Investigations on Bengal jail dietaries - Number 37
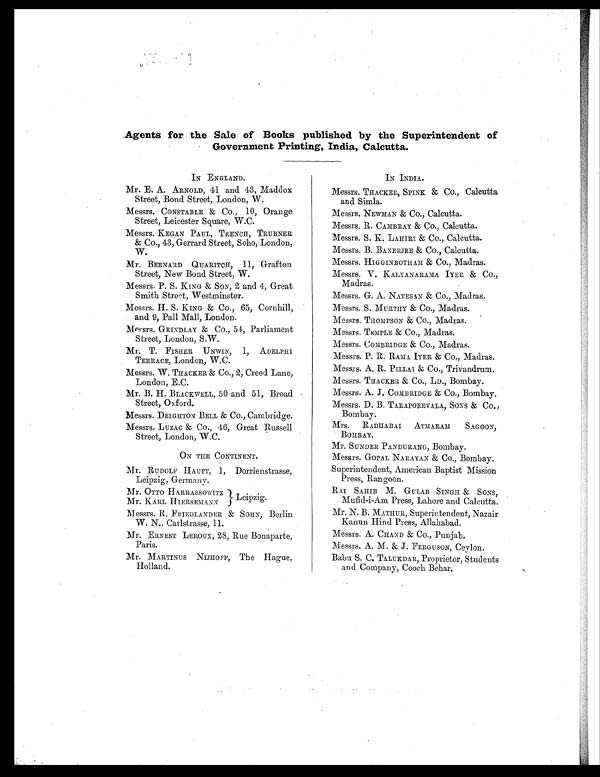
Agents for the Sale of Books published by the Superintendent of
Government Printing, India, Calcutta.
IN ENGLAND.
Mr. E. A. ARNOLD, 41 and 43, Maddox
Street, Bond Street, London, W.
Messrs. CONSTABLE & Co., 10, Orange
Street, Leicester Square, W.C.
Messrs. MEGAN PAUL, TRENCH, TRUBNER
& Co., 43, Gerrard Street, Soho, London,
W.
Mr. BERNARD QUARITCH, 11, Grafton
Street, New Bond Street, W.
Messrs. P. S. KING & SON, 2 and 4, Great
Smith Street, Westminster.
Messrs. H. S. KING & Co., 65, Cornhill,
and 9, Pall Mall, London.
Messrs. GRINDLAY & Co., 54, Parliament
Street, London, S.W.
Mr. T. FISHER UNWIN, 1, ADELPHI
TERRACE, London, W.C.
Messrs. W. THACKER & Co., 2, Creed Lane,
London, E.C.
Mr. B. H. BLACKWELL, 50 and 51, Broad
Street, Oxford.
Messrs. DEIGHTON BELL & CO., Cambridge.
Messrs. LUZAC & Co., 46, Great Russell
Street, London, W.C.
ON THE CONTINENT.
Mr. RUDOLF HAUPT, 1, Dorrienstrasse,
Leipzig, Germany.
Mr. OTTO HARRASSOWITZ
Mr. KARL HIERSEMAN N
Leipzig.
Messrs. R. FRIEDLANDER & SOHN, Berlin
W. N., Carlstrasse, 11.
Mr. ERNEST LEROUX, 28, Rue Bonaparte,
Paris.
Mr. MARTINUS NIJHOFF, The Hague,
Holland.
IN INDIA.
Messrs. TRACKER, SPINK & Co., Calcutta
and Simla.
Messrs. NEWMAN & Co., Calcutta.
Messrs. R. CAMBRAY & CO., Calcutta.
Messrs. S. K. LAHIRI & CO., Calcutta.
Messrs. B. BANERJEE & CO., Calcutta .
Messrs. HIGGINBOTHAM & CO., Madras.
Messrs. V. KALYANARAMA IYER & Co.,
Madras.
Messrs. G. A. NATESAN & Co., Madras.
Messrs. S. MURTHY & Co., Madras.
Messrs. THOMPSON & Co., Madras.
Messrs. TEMPLE & Co., Madras.
Messrs. COMBRIDGE & Co., Madras .
Messrs. P. R. RAMA IYER & Co., Madras .
Messrs. A. R. PILLAI & Co., Trivandrum .
Messrs. TRACKER & CO., LD., Bombay.
Messrs. A. J. COMBRIDGE & Co., Bombay.
Messrs. D. B. TARAPOREVALA, SONS & Co.,
Bombay.
Mrs. RADHABAI ATMARAM SAGOON,
BOMBAY.
Mr. SUNDER PANDURANG, Bombay .
Messrs. GOPAL NARAYAN & Co., Bombay.
Superintendent, American Baptist Mission
Press, Rangoon.
RAI SAHIB M. GULAB SINGH & SONS,
Mufid-i-Am Press, Lahore and Calcutta.
Mr. N. B. MATHUR, Superintendent, Nazair
Kanun Hind Press, Allahabad.
Messrs. A. CHAND & Co., Punjab.
Messrs. A. M. & J. FERGUSON, Ceylon.
Babu S. C. TALUKDAR, Proprietor, Students
and Company, Cooch Behar.